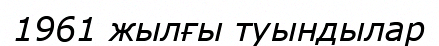
1961 жылғы туындылар